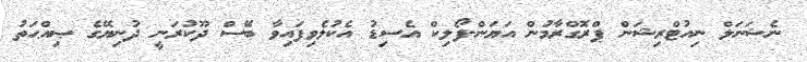
ނެޝަނަލް ނިއުޓްރިޝަން ޕްރޮގްރާމުން އަޔަން-ފޯލިކް އެސިޑު އެކުލެވިފައިވާ ބޭސް ދޫކުރަނީ ދުނިޔޭގެ ޞިއްޙަތު